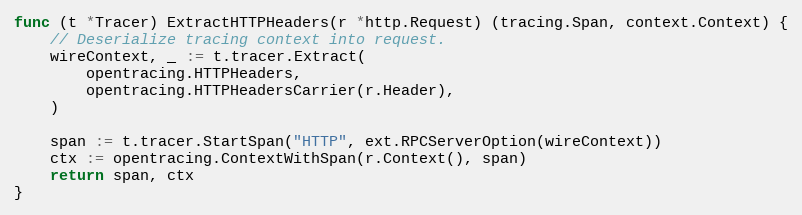
Language: Go
func (t *Tracer) ExtractHTTPHeaders(r *http.Request) (tracing.Span, context.Context) {
	// Deserialize tracing context into request.
	wireContext, _ := t.tracer.Extract(
		opentracing.HTTPHeaders,
		opentracing.HTTPHeadersCarrier(r.Header),
	)

	span := t.tracer.StartSpan("HTTP", ext.RPCServerOption(wireContext))
	ctx := opentracing.ContextWithSpan(r.Context(), span)
	return span, ctx
}